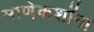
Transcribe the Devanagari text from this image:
माणेकशॉना